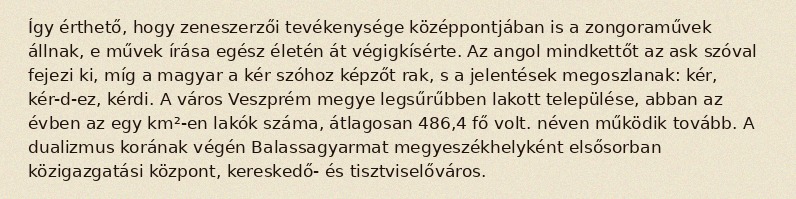
Így érthető, hogy zeneszerzői tevékenysége középpontjában is a zongoraművek állnak, e művek írása egész életén át végigkísérte. Az angol mindkettőt az ask szóval fejezi ki, míg a magyar a kér szóhoz képzőt rak, s a jelentések megoszlanak: kér, kér-d-ez, kérdi. A város Veszprém megye legsűrűbben lakott települése, abban az évben az egy km²-en lakók száma, átlagosan 486,4 fő volt. néven működik tovább. A dualizmus korának végén Balassagyarmat megyeszékhelyként elsősorban közigazgatási központ, kereskedő- és tisztviselőváros.